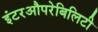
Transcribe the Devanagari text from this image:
इंटरऔपरेबिलिटी